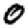
Digit: 0